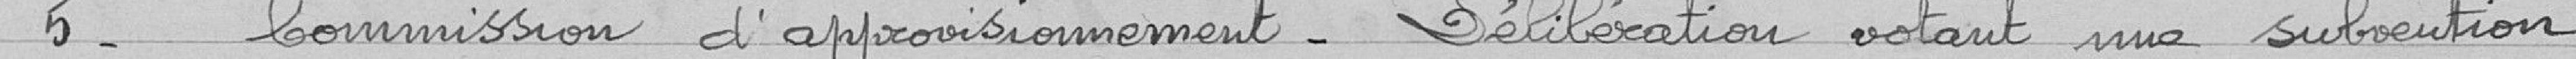
5- Commission d'approvisionnement - délibération votant une subvention